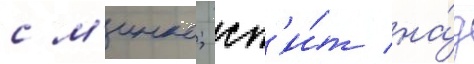
с м'инко; сп'и́т на́д